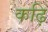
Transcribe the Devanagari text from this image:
कढ़ि